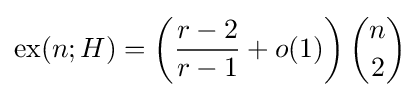
{\mbox{ex}}(n;H)=\left({\frac {r-2}{r-1}}+o(1)\right){n \choose 2}